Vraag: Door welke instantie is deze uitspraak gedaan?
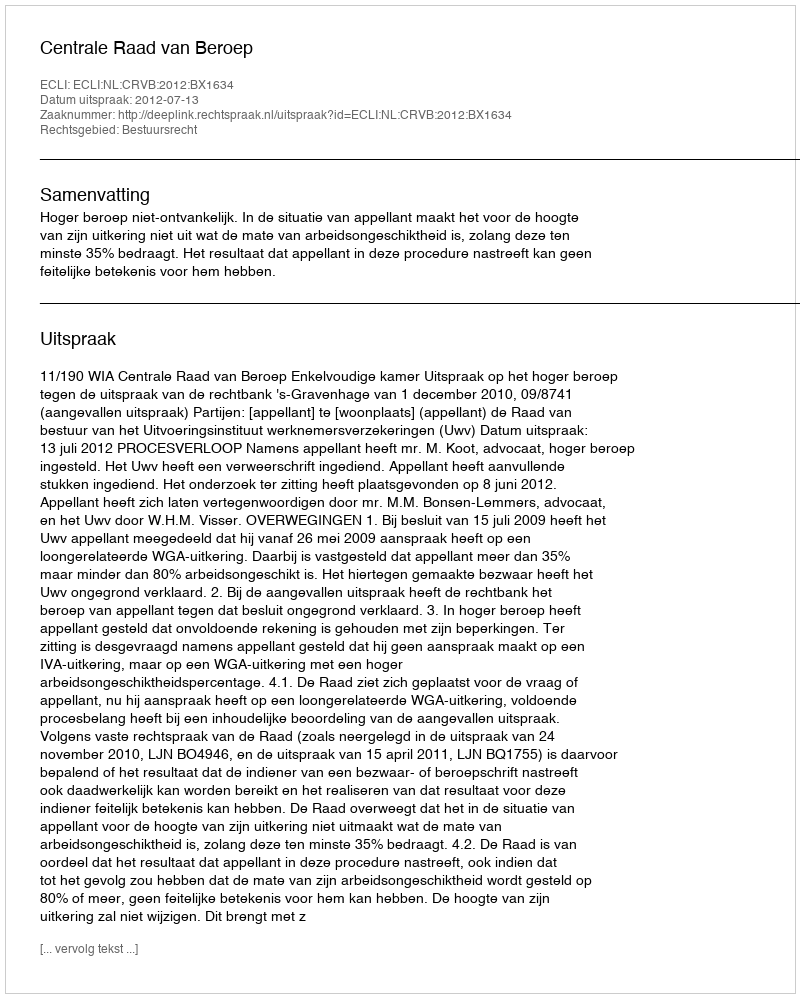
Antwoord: Centrale Raad van Beroep